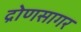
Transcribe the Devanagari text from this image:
द्रोणसागर